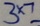
3 \times 7